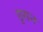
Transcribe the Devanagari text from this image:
छुसन